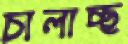
চালাচ্ছ